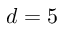
d = 5